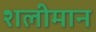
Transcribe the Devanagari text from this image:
शलीमान